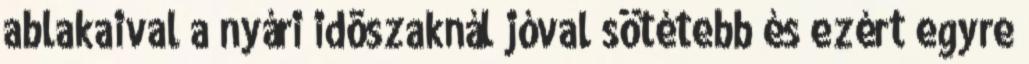
ablakaival a nyári idõszaknál jóval sötétebb és ezért egyre